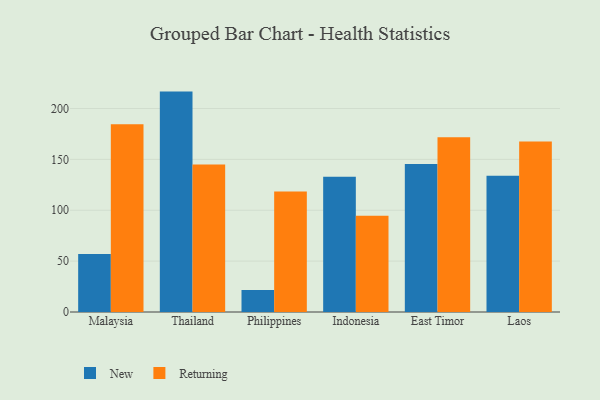
{"axis": {"x": "Country", "y": "Conversion Rate (%)"}, "legend": ["New", "Returning"], "data": [{"x": "Malaysia", "y": 56.9, "type": "New"}, {"x": "Malaysia", "y": 184.4, "type": "Returning"}, {"x": "Thailand", "y": 216.6, "type": "New"}, {"x": "Thailand", "y": 144.9, "type": "Returning"}, {"x": "Philippines", "y": 21.7, "type": "New"}, {"x": "Philippines", "y": 118.5, "type": "Returning"}, {"x": "Indonesia", "y": 133.0, "type": "New"}, {"x": "Indonesia", "y": 94.5, "type": "Returning"}, {"x": "East Timor", "y": 145.5, "type": "New"}, {"x": "East Timor", "y": 171.7, "type": "Returning"}, {"x": "Laos", "y": 134.0, "type": "New"}, {"x": "Laos", "y": 167.5, "type": "Returning"}]}